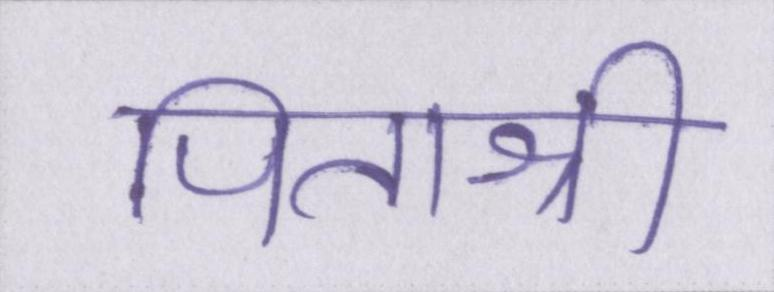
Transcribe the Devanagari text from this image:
पिताश्री